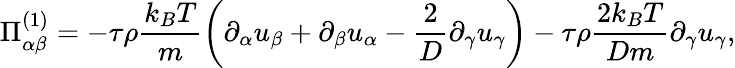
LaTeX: \Pi_{\alpha\beta}^{(1)}=-\tau\rho\frac{k_{B}T}{m}\left(\partial_{\alpha}u_{\beta}+\partial_{\beta}u_{\alpha}-\frac{2}{D}\partial_{\gamma}u_{\gamma}\right)-\tau\rho\frac{2k_{B}T}{Dm}\partial_{\gamma}u_{\gamma},